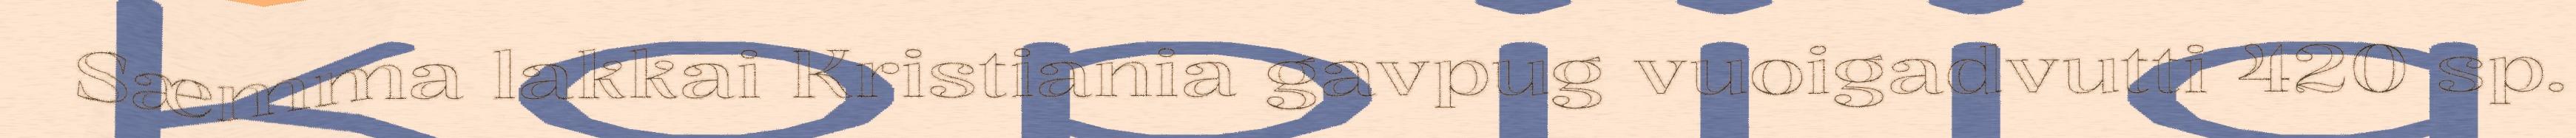
Sæmma lakkai Kristiania gavpug vuoigadvutti 420 sp.